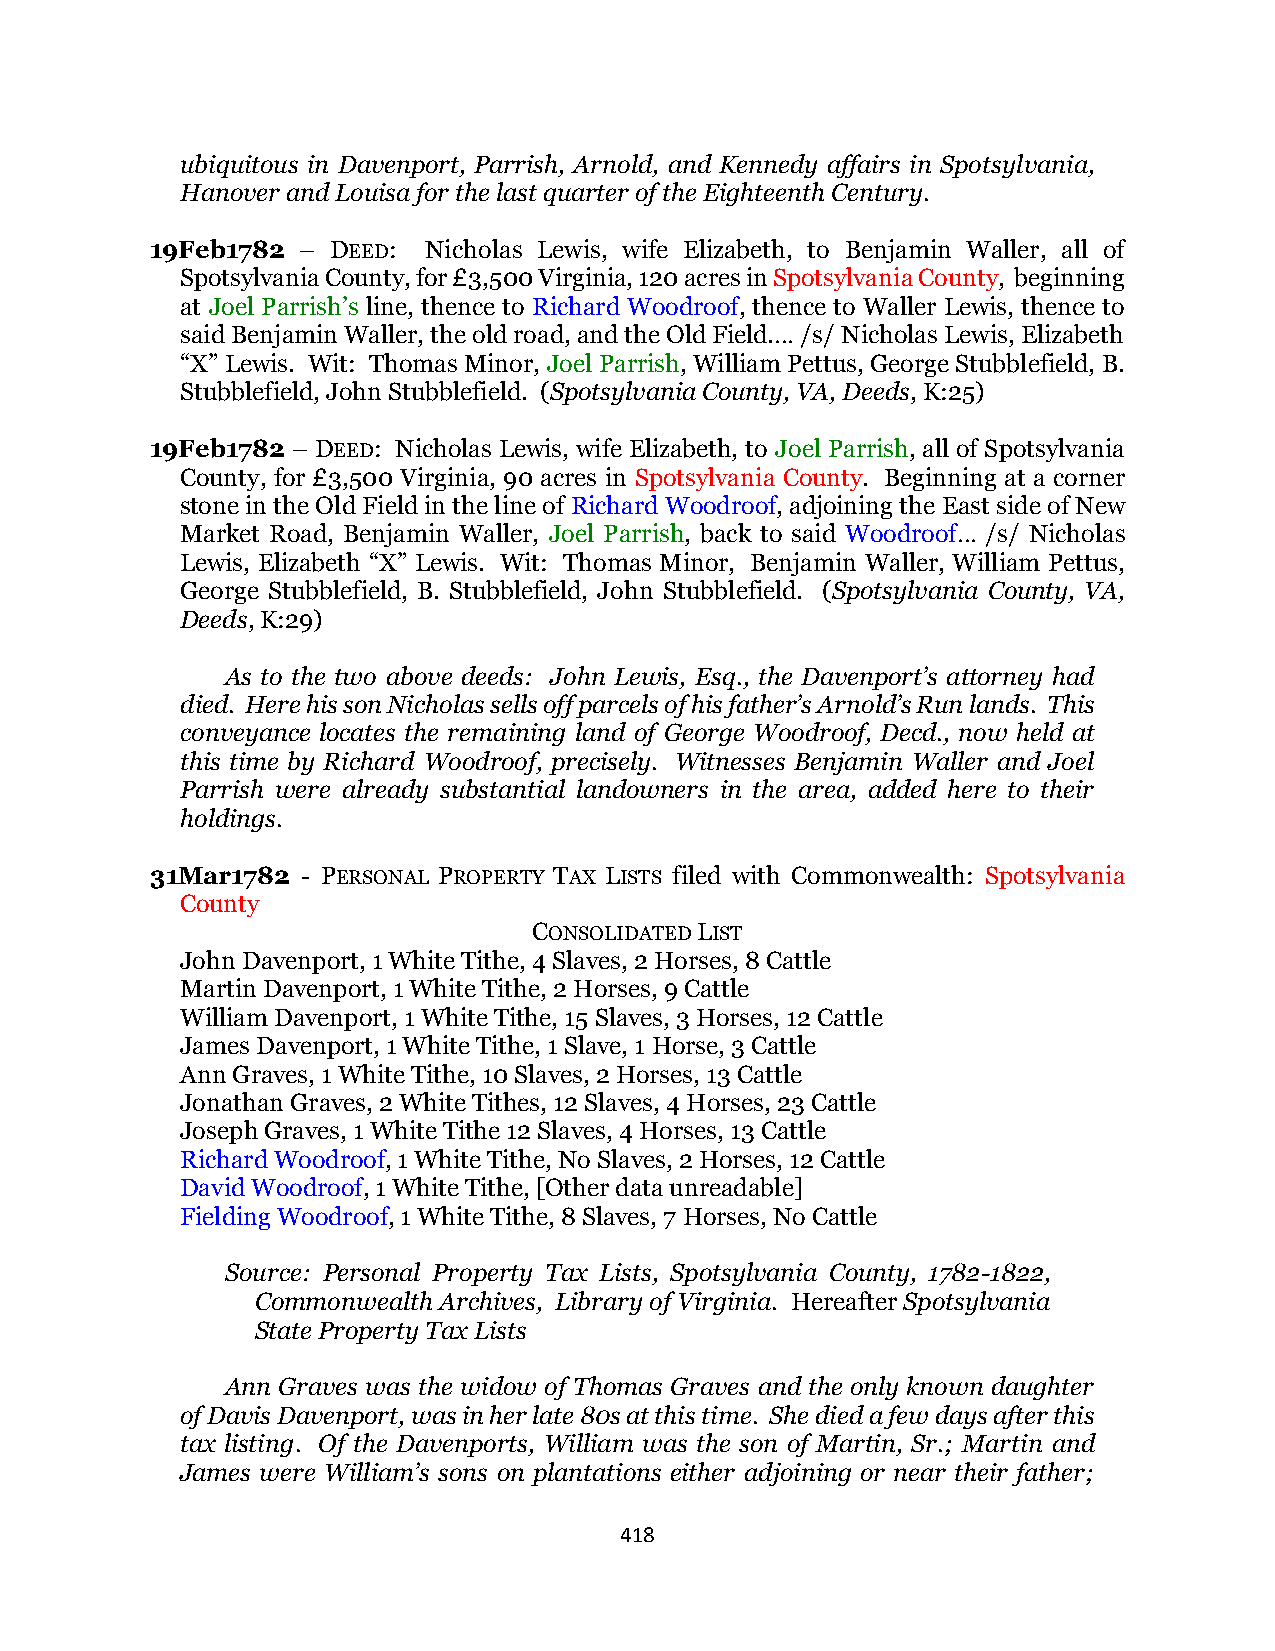
ubiquitous in Davenport, Parrish, Arnold, and Kennedy affairs in Spotsylvania,
 Hanover and Louisa for the last quarter of the Eighteenth Century.
 19Feb1782 – DEED: Nicholas Lewis, wife Elizabeth, to Benjamin Waller, all of
 Spotsylvania County, for £3,500 Virginia, 120 acres in Spotsylvania County, beginning
 at Joel Parrish’s line, thence to Richard Woodroof, thence to Waller Lewis, thence to
 said Benjamin Waller, the old road, and the Old Field.… /s/ Nicholas Lewis, Elizabeth
 “X” Lewis. Wit: Thomas Minor, Joel Parrish, William Pettus, George Stubblefield, B.
 Stubblefield, John Stubblefield. (Spotsylvania County, VA, Deeds, K:25)
 19Feb1782 – DEED: Nicholas Lewis, wife Elizabeth, to Joel Parrish, all of Spotsylvania
 County, for £3,500 Virginia, 90 acres in Spotsylvania County. Beginning at a corner
 stone in the Old Field in the line of Richard Woodroof, adjoining the East side of New
 Market Road, Benjamin Waller, Joel Parrish, back to said Woodroof… /s/ Nicholas
 Lewis, Elizabeth “X” Lewis. Wit: Thomas Minor, Benjamin Waller, William Pettus,
 George Stubblefield, B. Stubblefield, John Stubblefield. (Spotsylvania County, VA,
 Deeds, K:29)
 As to the two above deeds: John Lewis, Esq., the Davenport’s attorney had
 died. Here his son Nicholas sells off parcels of his father’s Arnold’s Run lands. This
 conveyance locates the remaining land of George Woodroof, Decd., now held at
 this time by Richard Woodroof, precisely. Witnesses Benjamin Waller and Joel
 Parrish were already substantial landowners in the area, added here to their
 holdings.
 31Mar1782 - PERSONAL PROPERTY TAX LISTS filed with Commonwealth: Spotsylvania
 County
 CONSOLIDATED LIST
 John Davenport, 1 White Tithe, 4 Slaves, 2 Horses, 8 Cattle
 Martin Davenport, 1 White Tithe, 2 Horses, 9 Cattle
 William Davenport, 1 White Tithe, 15 Slaves, 3 Horses, 12 Cattle
 James Davenport, 1 White Tithe, 1 Slave, 1 Horse, 3 Cattle
 Ann Graves, 1 White Tithe, 10 Slaves, 2 Horses, 13 Cattle
 Jonathan Graves, 2 White Tithes, 12 Slaves, 4 Horses, 23 Cattle
 Joseph Graves, 1 White Tithe 12 Slaves, 4 Horses, 13 Cattle
 Richard Woodroof, 1 White Tithe, No Slaves, 2 Horses, 12 Cattle
 David Woodroof, 1 White Tithe, [Other data unreadable]
 Fielding Woodroof, 1 White Tithe, 8 Slaves, 7 Horses, No Cattle
 Source: Personal Property Tax Lists, Spotsylvania County, 1782-1822,
 Commonwealth Archives, Library of Virginia. Hereafter Spotsylvania
 State Property Tax Lists
 Ann Graves was the widow of Thomas Graves and the only known daughter
 of Davis Davenport, was in her late 80s at this time. She died a few days after this
 tax listing. Of the Davenports, William was the son of Martin, Sr.; Martin and
 James were William’s sons on plantations either adjoining or near their father;
 418